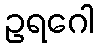
ဥရဂေါ